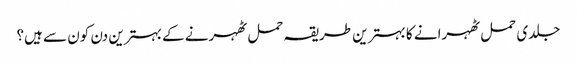
جلدی حمل ٹھہرانے کا بہترین طریقہ حمل ٹھہرنے کے بہترین دن کون سے ہیں؟